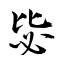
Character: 毖